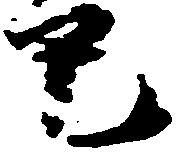
己